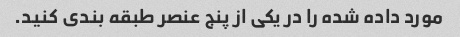
مورد داده شده را در یکی از پنج عنصر طبقه بندی کنید.